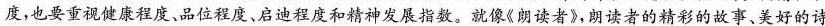
度，也要重视健康程度、品位程度、启迪程度和精神发展指数。就像《朗读者》，朗读者的精彩的故事、美好的诗